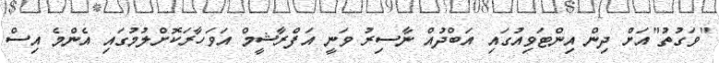
"ވަގުތު"އަށް ދިން އިންޓަވިއުގައި އަބްދުއް ނާސިރު ވަނީ އަފްރާޝީމް އަވަހާރަކޮށްލުމުގައި އެންމެ އިސް